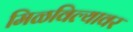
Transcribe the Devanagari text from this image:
मिळविल्यावर